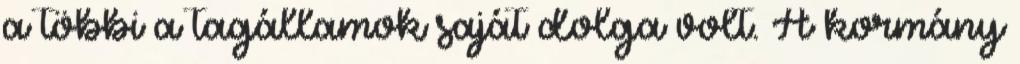
a többi a tagállamok saját dolga volt. A kormány